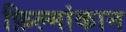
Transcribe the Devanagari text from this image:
फ़िल्मांकान